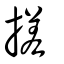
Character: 搓